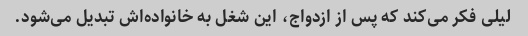
لیلی فکر می‌کند که پس از ازدواج، این شغل به خانواده‌اش تبدیل می‌شود.